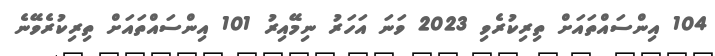
104 އިންސައްތައަށް ތިރިކުރެވި 2023 ވަނަ އަހަރު ނިމޭއިރު 101 އިންސައްތައަށް ތިރިކުރެވޭނެ